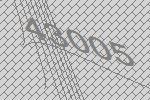
43005